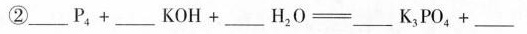
② $$___ P _ { 4 } + ___ K O H + ___ H _ { 2 } O = ___ K _ { 3 } P O _ { 4 } + ___